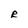
Character: R